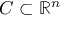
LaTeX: C \subset \mathbb { R } ^ { n }